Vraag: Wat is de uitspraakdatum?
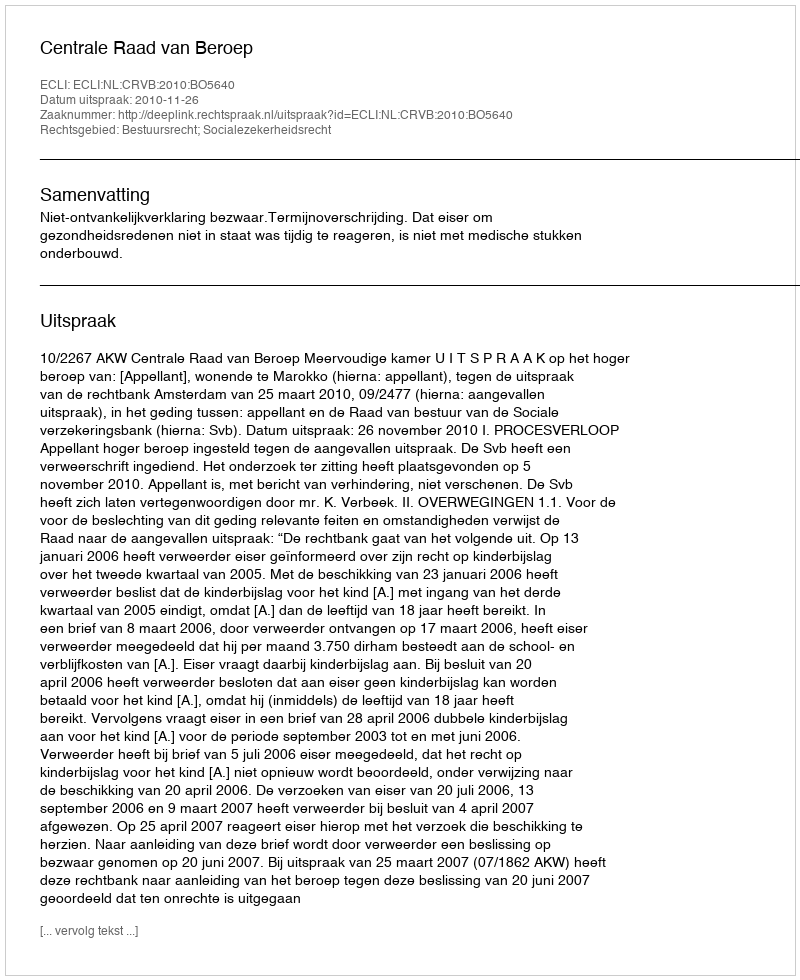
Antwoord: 2010-11-26